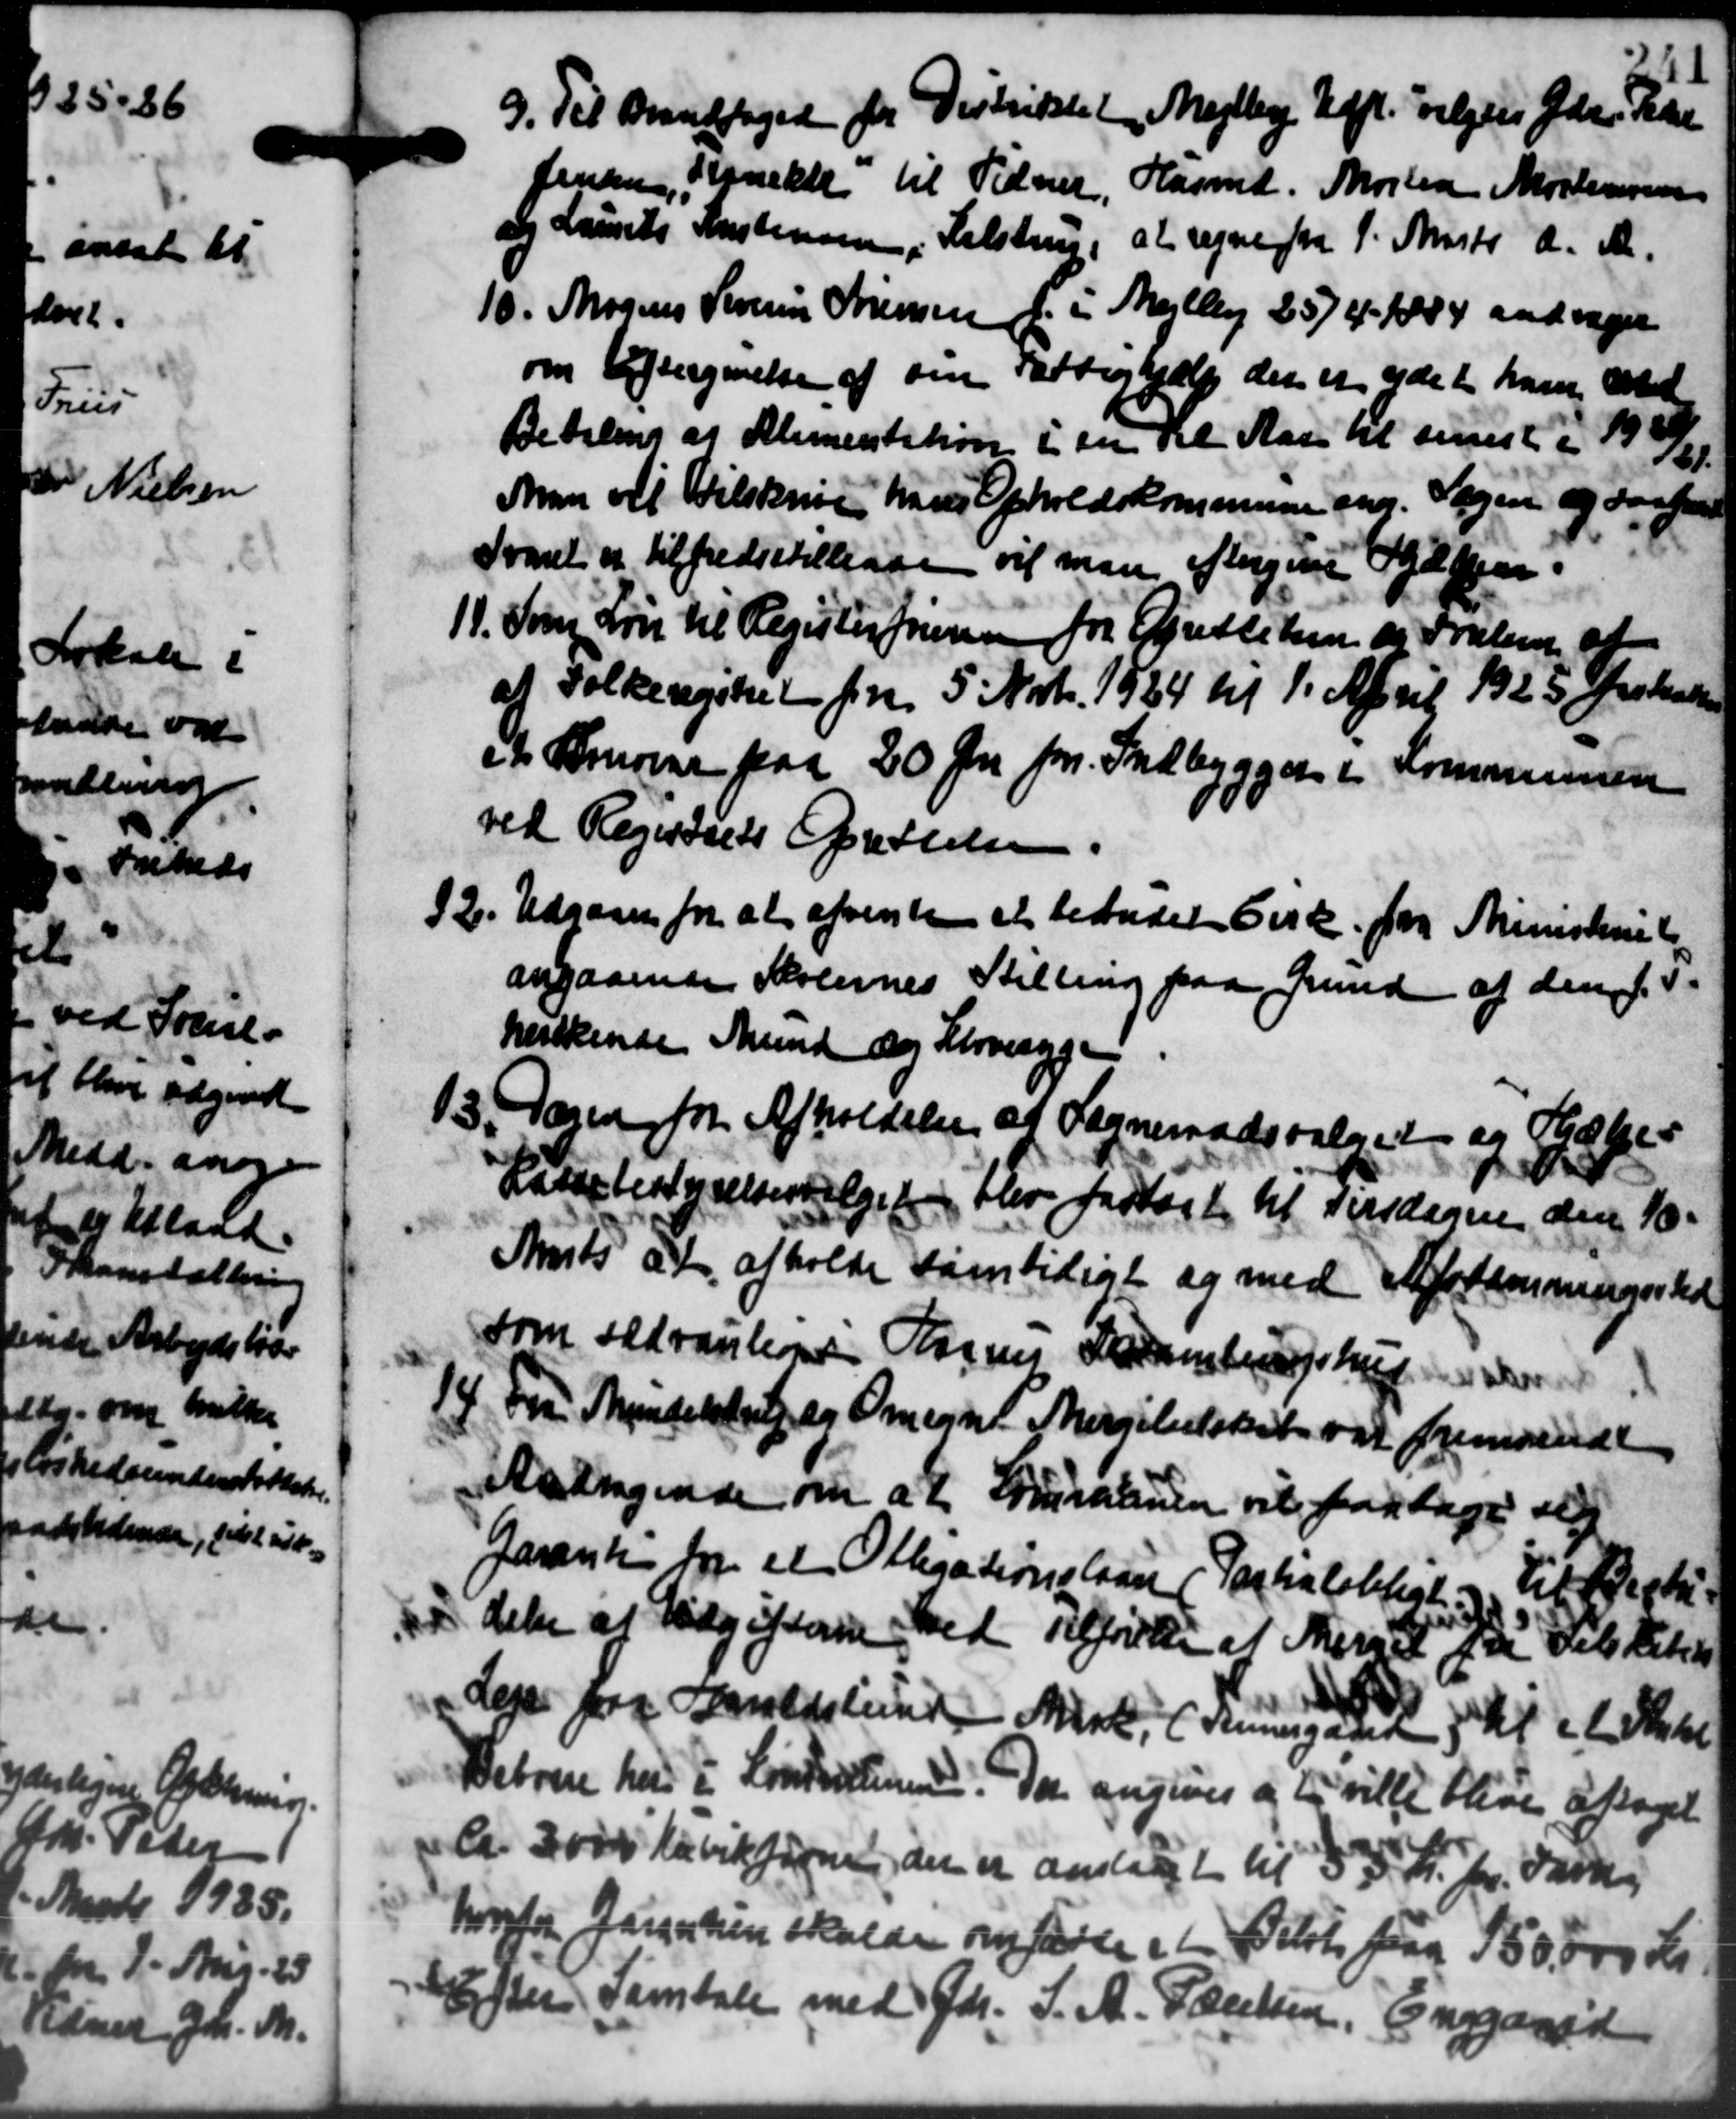
Transskription:
9. Til Brandfoged for Distriktet, Mejlby Afh. valges Gdr. Peder
9. Til Brandfoged for Distriktet, Mejlby Afh. valges Gdr. Peder
Jensen, Anekke til Tidner. Hasmd. Morten Mortensen
o Laurits Kristensen, Helstrup, at regne fra 1. Marts d. A.
10. Mogens Severin Sørensen i Mejlby 25/4 - 1884 aarsager
10. Mogens Severin Sørensen i Mejlby 25/4 - 1884 aarsager
om Eftergivelse af om Fattighjælp der er ydet ham ved
Betaling af Alimentation i en vil Aar til sinest i 1909/10.
Man vil tilskrive hans Opholdskommune ang. Sagen og derfor
Svaret er tilfredsstillinge vil man eftergive Gdr.
11. Som Løn til Registerførensen for Oprettelsen og Fralen af
11. Som Løn til Registerførensen for Oprettelsen og Fralen af
af Folkeregiket fra 5' Nvb. 1934 til 1. April 1925 Juobak
o Krone paa 20 Øre pr. Indbygger i Kommunen
ved Regnsrets Opsættelse.
2. Udgaaer for at afsente at betalet Cirk. fra Ministeriet
2. Udgaaer for at afsente at betalet Cirk. fra Ministeriet
angaaende Skolernes Stilling paa Grund af den
herkende Mund og Klovesyge.

3. Dagen for Afholdelse af Sogneraadsvalget og Gæse-
Kassebestyrelsesvalget blev forlagt til Tirsdagen den 10.
Amts at afholde samtidigt og med Afstemmingssted
som sædvanline Sagens Samler Johansen

Fra Munderstik og Omegn Margilueskat var fremsendt
Andragende om at Husalenen vil foretage sig
arante for et Ollegationslaan (Parhalobligt - til Beste-
else af Udgifterne med Tilførelse af Merget for Dels Peter
ejer fra Aldslund Mark ( Runesgaard til et Skatt
Beboere har i Linderstinen. Den angives og er ville blive aftaget
Ca. 3000 kubikfavne, der er anslaaget til 335 Kr. pr. Dan
hønfor Jørgensen skulde om førte et Belte paa 150,000 Kr.
Efter Samtale med Gdr. S. A. Poulsen, Enggaard